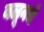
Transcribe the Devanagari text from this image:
बलूनचे